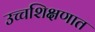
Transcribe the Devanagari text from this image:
उच्चशिक्षणात